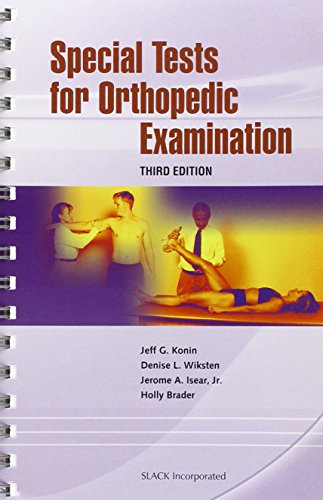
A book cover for Special Tests for Orthopedic Examination; Jeff G. Konin PhD  ATC  PT; Medical Books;